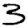
Digit: 3